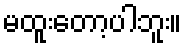
မထူးတော့ပါဘူး။